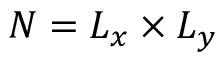
N = L _ { x } \times L _ { y }